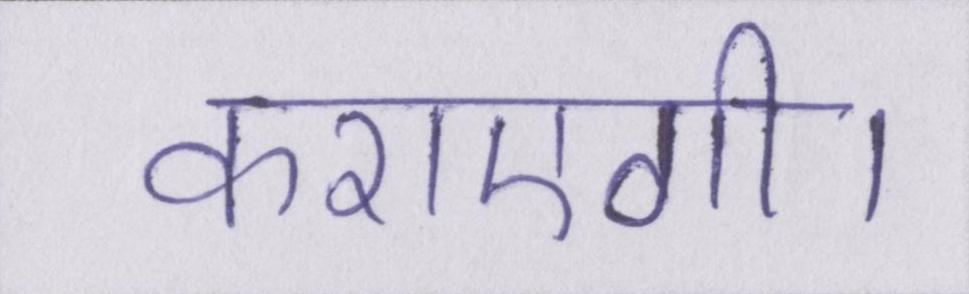
कराएगी।